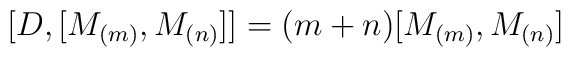
\lbrack D,[M_{(m)},M_{(n)}]]=(m+n)[M_{(m)},M_{(n)}]